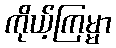
ကိုယ့်ကြမ္မာ